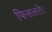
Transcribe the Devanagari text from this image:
फिसलते।